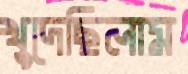
খুদেছিলাম